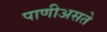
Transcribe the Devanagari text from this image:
पाणीअसते